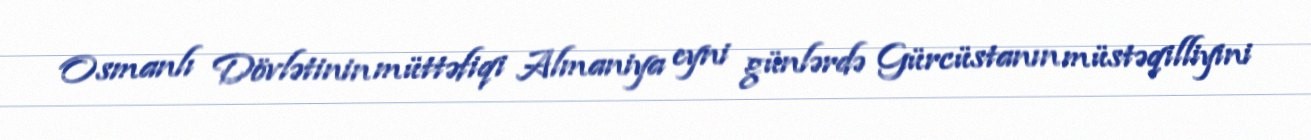
Osmanlı Dövlətinin müttəfiqi Almaniya eyni günlərdə Gürcüstanın müstəqilliyini